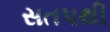
સતપથી